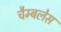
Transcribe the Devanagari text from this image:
चैम्बलेस